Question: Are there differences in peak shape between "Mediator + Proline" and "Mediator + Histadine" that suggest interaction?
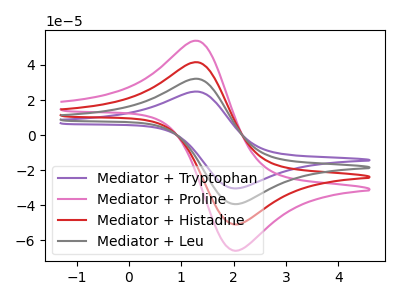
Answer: <think>The purple curve "Mediator + Tryptophan" has an anodic peak at (1.30V, 124.55uA) and a cathodic peak at (2.00V, -152.95uA). The pink curve "Mediator + Proline" has an anodic peak at (1.30V, 53.75uA) and a cathodic peak at (2.00V, -66.00uA). The red curve "Mediator + Histadine" has an anodic peak at (1.30V, 41.50uA) and a cathodic peak at (2.00V, -51.00uA). The gray curve "Mediator + Leu" has an anodic peak at (1.30V, 83.05uA) and a cathodic peak at (2.00V, -101.95uA).
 All the peaks in "Mediator + Proline" have a peak in "Mediator + Histadine" at the same potential. Every peak in "Mediator + Proline" is higher than every peak in "Mediator + Histadine".</think>
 <answer>No, "Mediator + Proline" and "Mediator + Histadine" don't appear to be significantly different in shape</answer>
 <eval>no_change</eval>